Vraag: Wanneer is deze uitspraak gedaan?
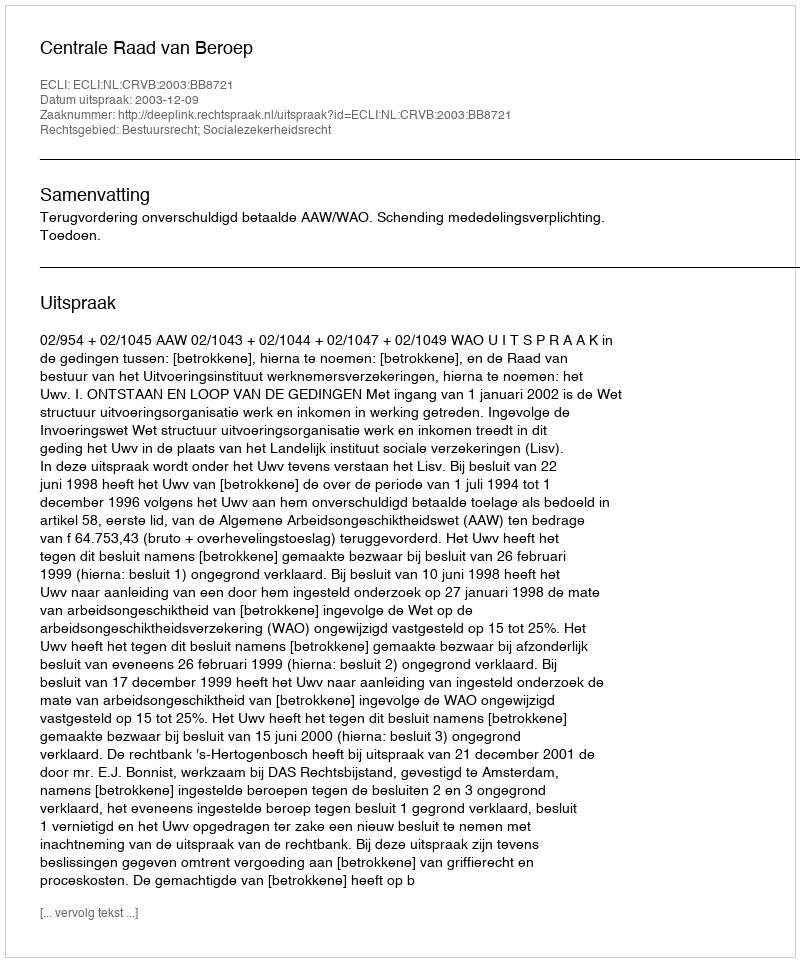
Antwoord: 2003-12-09